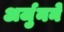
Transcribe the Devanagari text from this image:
अर्जुनने